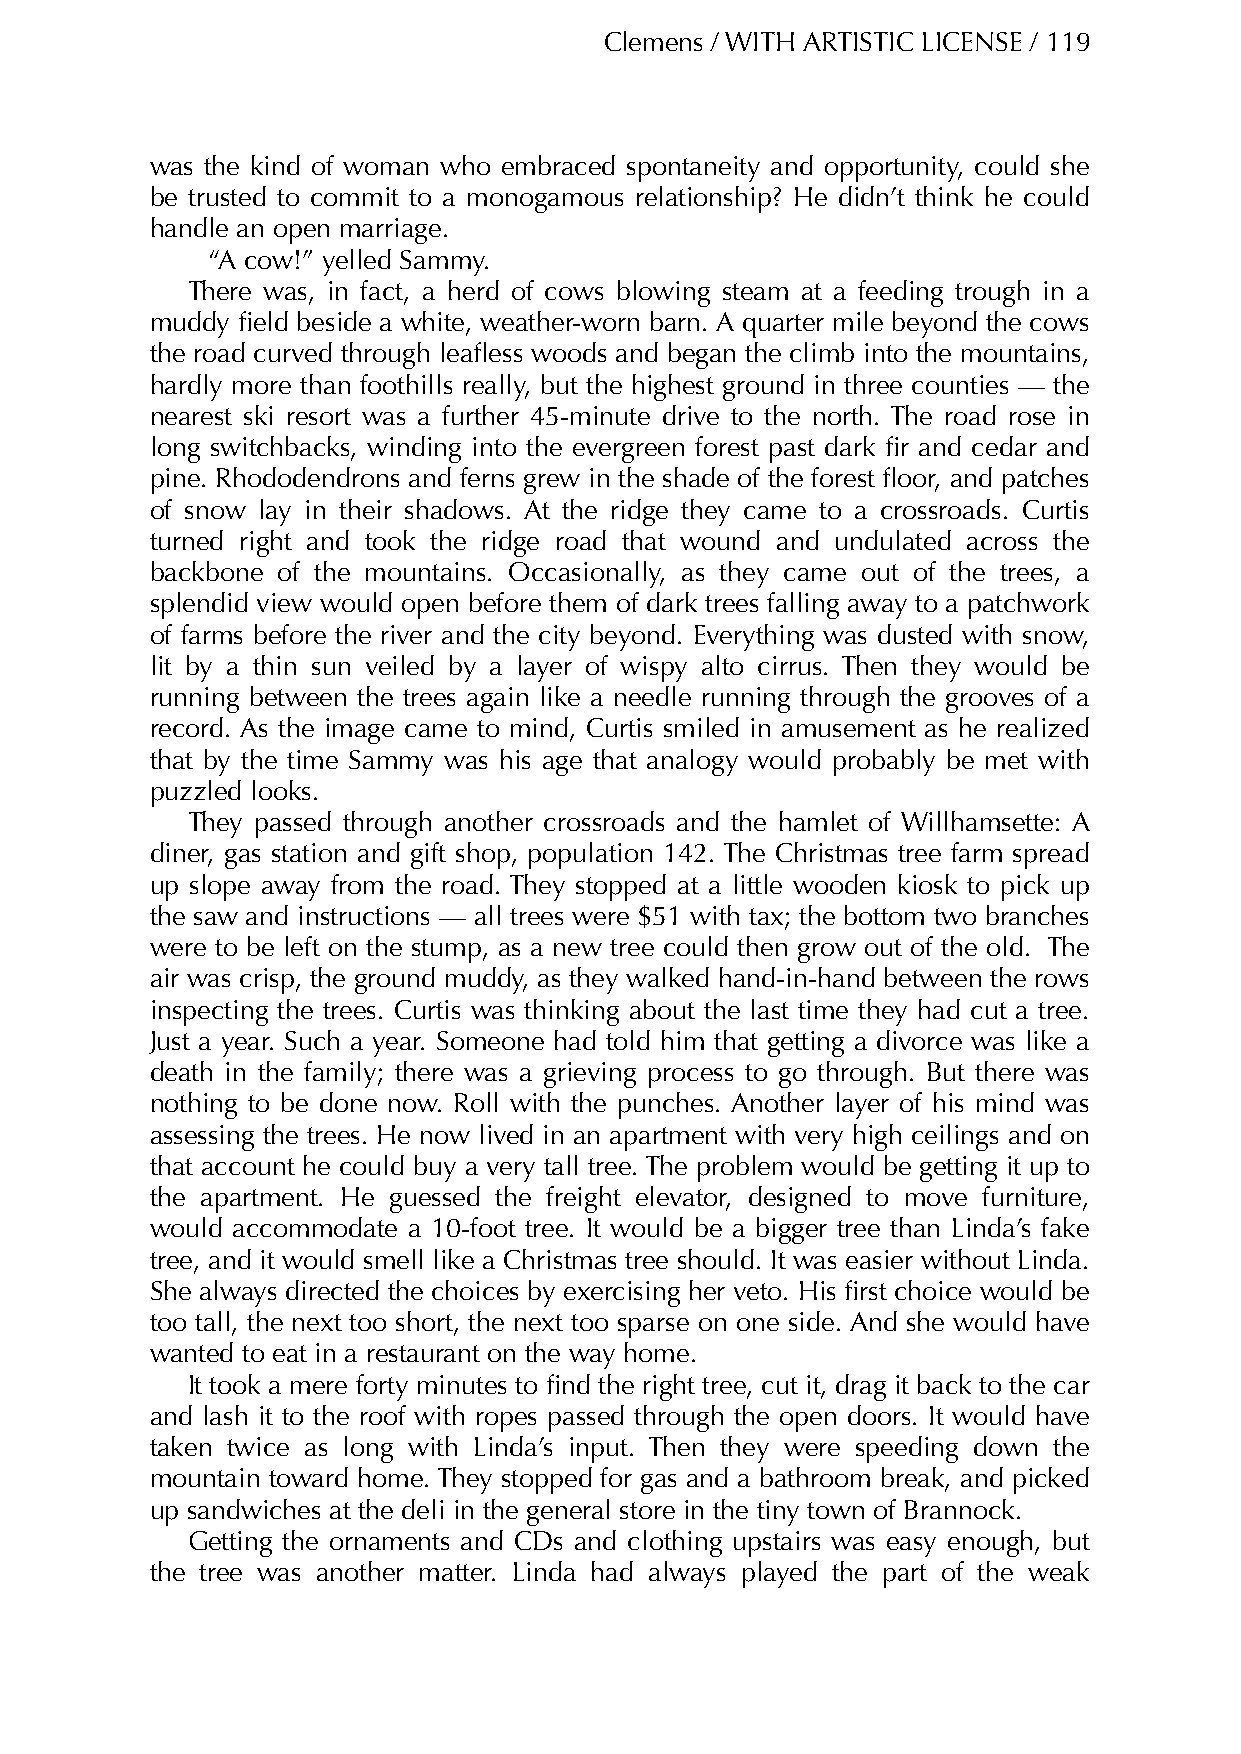
Clemens / WITH ARTISTIC LICENSE / 119
 was the kind of woman who embraced spontaneity and opportunity, could she
 be trusted to commit to a monogamous relationship? He didn’t think he could
 handle an open marriage.
 “A cow!” yelled Sammy.
 There was, in fact, a herd of cows blowing steam at a feeding trough in a
 muddy field beside a white, weather-worn barn. A quarter mile beyond the cows
 the road curved through leafless woods and began the climb into the mountains,
 hardly more than foothills really, but the highest ground in three counties — the
 nearest ski resort was a further 45-minute drive to the north. The road rose in
 long switchbacks, winding into the evergreen forest past dark fir and cedar and
 pine. Rhododendrons and ferns grew in the shade of the forest floor, and patches
 of snow lay in their shadows. At the ridge they came to a crossroads. Curtis
 turned right and took the ridge road that wound and undulated across the
 backbone of the mountains. Occasionally, as they came out of the trees, a
 splendid view would open before them of dark trees falling away to a patchwork
 of farms before the river and the city beyond. Everything was dusted with snow,
 lit by a thin sun veiled by a layer of wispy alto cirrus. Then they would be
 running between the trees again like a needle running through the grooves of a
 record. As the image came to mind, Curtis smiled in amusement as he realized
 that by the time Sammy was his age that analogy would probably be met with
 puzzled looks.
 They passed through another crossroads and the hamlet of Willhamsette: A
 diner, gas station and gift shop, population 142. The Christmas tree farm spread
 up slope away from the road. They stopped at a little wooden kiosk to pick up
 the saw and instructions — all trees were $51 with tax; the bottom two branches
 were to be left on the stump, as a new tree could then grow out of the old. The
 air was crisp, the ground muddy, as they walked hand-in-hand between the rows
 inspecting the trees. Curtis was thinking about the last time they had cut a tree.
 Just a year. Such a year. Someone had told him that getting a divorce was like a
 death in the family; there was a grieving process to go through. But there was
 nothing to be done now. Roll with the punches. Another layer of his mind was
 assessing the trees. He now lived in an apartment with very high ceilings and on
 that account he could buy a very tall tree. The problem would be getting it up to
 the apartment. He guessed the freight elevator, designed to move furniture,
 would accommodate a 10-foot tree. It would be a bigger tree than Linda’s fake
 tree, and it would smell like a Christmas tree should. It was easier without Linda.
 She always directed the choices by exercising her veto. His first choice would be
 too tall, the next too short, the next too sparse on one side. And she would have
 wanted to eat in a restaurant on the way home.
 It took a mere forty minutes to find the right tree, cut it, drag it back to the car
 and lash it to the roof with ropes passed through the open doors. It would have
 taken twice as long with Linda’s input. Then they were speeding down the
 mountain toward home. They stopped for gas and a bathroom break, and picked
 up sandwiches at the deli in the general store in the tiny town of Brannock.
 Getting the ornaments and CDs and clothing upstairs was easy enough, but
 the tree was another matter. Linda had always played the part of the weak